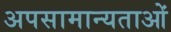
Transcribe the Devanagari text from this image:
अपसामान्यताओं